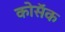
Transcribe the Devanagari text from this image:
कोसॅक